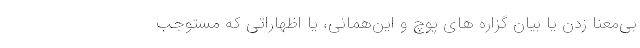
بی‌معنا زدن یا بیان گزاره های پوچ و این‌همانی، یا اظهاراتی که مستوجب